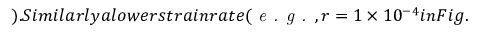
) . S i m i l a r l y a l o w e r s t r a i n r a t e ( \textit { e . g . } , r = 1 \times 1 0 ^ { - 4 } i n F i g .